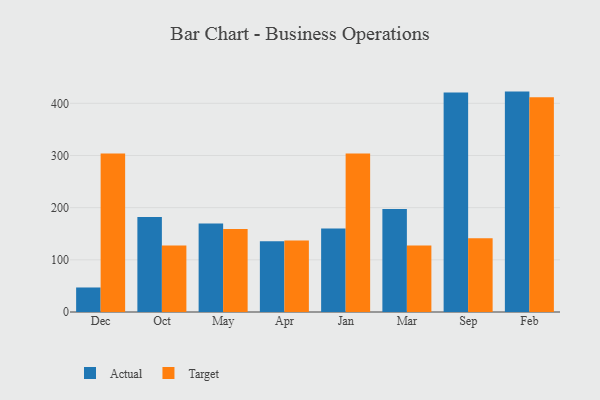
{"axis": {"x": "Month", "y": "Website Visitors"}, "legend": ["Actual", "Target"], "data": [{"x": "Dec", "y": 47.0, "type": "Actual"}, {"x": "Dec", "y": 303.9, "type": "Target"}, {"x": "Oct", "y": 181.9, "type": "Actual"}, {"x": "Oct", "y": 127.5, "type": "Target"}, {"x": "May", "y": 169.5, "type": "Actual"}, {"x": "May", "y": 159.0, "type": "Target"}, {"x": "Apr", "y": 135.8, "type": "Actual"}, {"x": "Apr", "y": 137.3, "type": "Target"}, {"x": "Jan", "y": 160.3, "type": "Actual"}, {"x": "Jan", "y": 304.0, "type": "Target"}, {"x": "Mar", "y": 197.6, "type": "Actual"}, {"x": "Mar", "y": 127.7, "type": "Target"}, {"x": "Sep", "y": 420.7, "type": "Actual"}, {"x": "Sep", "y": 141.2, "type": "Target"}, {"x": "Feb", "y": 422.5, "type": "Actual"}, {"x": "Feb", "y": 411.8, "type": "Target"}]}